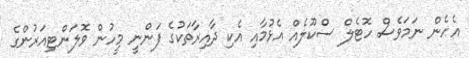
އެހެން ނަމަވެސް ހޮޓެލް ސްކޫލެއް އެޅުމާއި އެކި ދާއިރާތަކުގެ ފަންނީ މީހުން ވޮލަންޓިއަރުންގެ